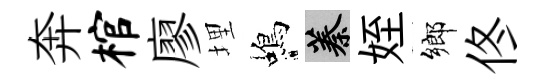
奔棺廖埋蝎蓁姪鄉佟